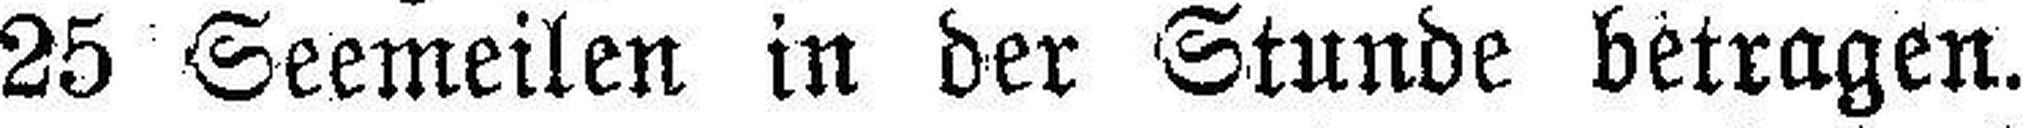
25 Seemeilen in der Stunde betragen.